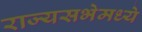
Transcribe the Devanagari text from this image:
राज्यसभेमध्ये